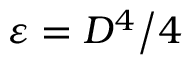
\varepsilon = D ^ { 4 } \big / 4